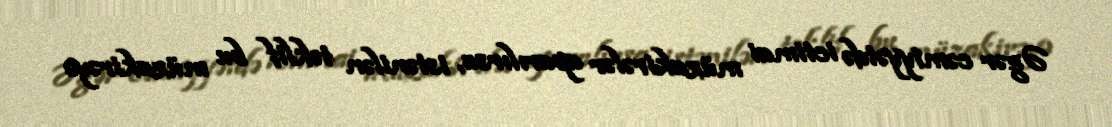
Əgər cəmiyyətdə ictimai müzakirələr aparılırsa, istənilən təklif bu müzakirəyə